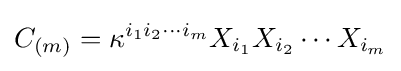
C_{(m)}=\kappa ^{i_{1}i_{2}\cdots i_{m}}X_{i_{1}}X_{i_{2}}\cdots X_{i_{m}}